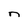
Character: n